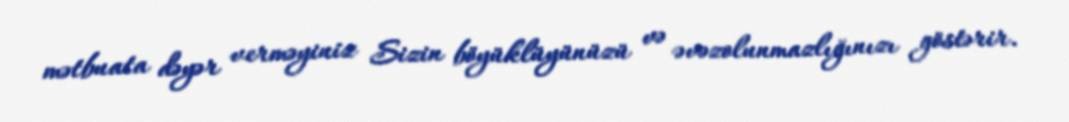
mətbuata dəyər verməyiniz Sizin böyüklüyünüzü və əvəzolunmazlığınızı göstərir.